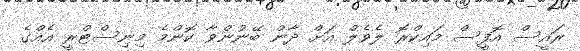
ރައީސް އޮފީސް މައިކްރޮ ލެވެލް އަށް ދާން ބޭނުންވާ ކޮންމެ މިނިސްޓްރީ އެއްގެ